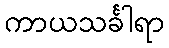
ကာယသင်္ခါရာ